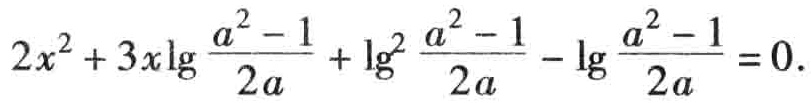
\(2x^{2}+3x\lg\frac{a^{2}-1}{2a}+\lg^{2}\frac{a^{2}-1}{2a}-\lg\frac{a^{2}-1}{2a}=0\)